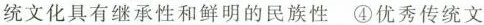
统文化具有继承性和鲜明的民族性 ④优秀传统文